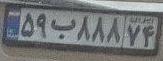
۵۹ب۸۸۸۷۴